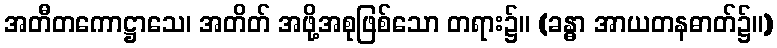
အတီတကောဋ္ဌာသေ၊ အတိတ် အဖို့အစုဖြစ်သော တရား၌။ (ခန္ဓာ အာယတနဓာတ်၌။)